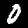
Label: 0